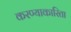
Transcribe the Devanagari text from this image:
करण्याकारिता